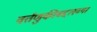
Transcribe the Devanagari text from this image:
वर्तणुकीबद्दलच्या